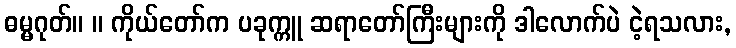
ဓမ္မဂုတ်။ ။ ကိုယ်တော်က ပခုက္ကူ ဆရာတော်ကြီးများကို ဒါလောက်ပဲ ငဲ့ရသလား,